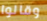
وقالوا